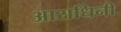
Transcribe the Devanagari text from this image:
आराधिनी